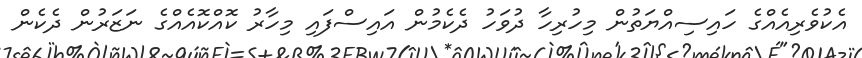
އެކުވެރިއެއްގެ ހައިސިއްޔަތުން މިހުރިހާ ދުވަހު ދެކެމުން އައިސްފައި މިހާރު ކޮއްކޮއެއްގެ ނަޒަރުން ދެކެން